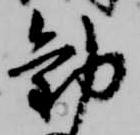
勧